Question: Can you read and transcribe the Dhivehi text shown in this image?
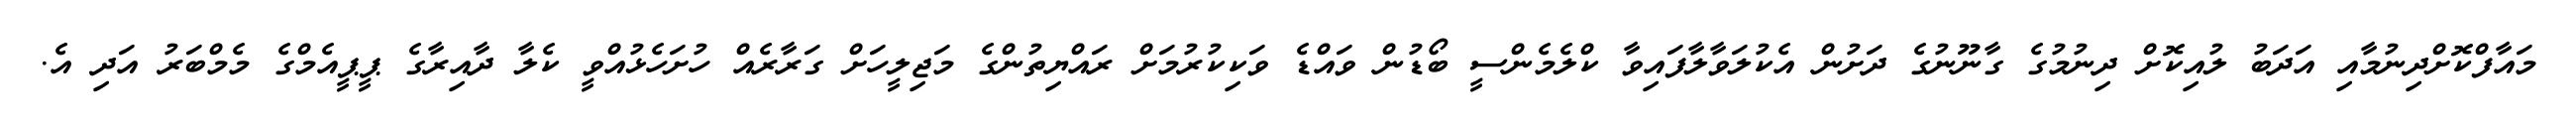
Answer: މައާފްކޮށްދިނުމާއި އަދަބު ލުއިކޮށް ދިނުމުގެ ގާނޫނުގެ ދަށުން އެކުލަވާލާފައިވާ ކްލެމެންސީ ބޯޑުން ވައްޑެ ވަކިކުރުމަށް ރައްޔިތުންގެ މަޖިލީހަށް ގަރާރެއް ހުށަހެޅުއްވީ ކެލާ ދާއިރާގެ ޕީޕީއެމްގެ މެމްބަރު އަދި އެ.